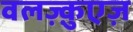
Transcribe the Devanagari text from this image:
वलज़्क़ुएज़